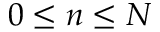
0 \leq n \leq N